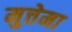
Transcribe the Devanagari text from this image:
मुत्तेमा